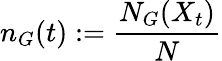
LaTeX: n_{G}(t):=\frac{N_{G}(X_{t})}{N}